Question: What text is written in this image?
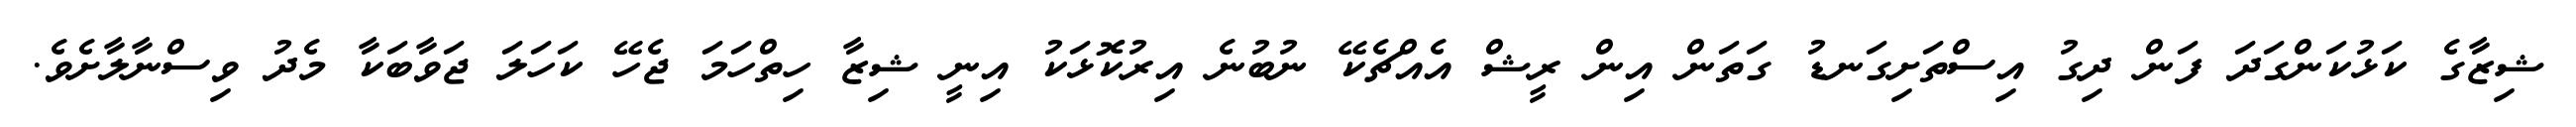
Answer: ޝިޒާގެ ކަޅުކަންގަދަ ފަން ދިގު އިސްތަށިގަނޑު ގަތަން އިން ރީޝް އެއްޗެކޭ ނުބުނެ އިރުކޮޅަކު އިނީ ޝިޒާ ހިތްހަމަ ޖެހޭ ކަހަލަ ޖަވާބަކާ މެދު ވިސްނާލާށެވެ.